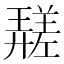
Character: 𱝖